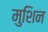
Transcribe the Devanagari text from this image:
मुशिन